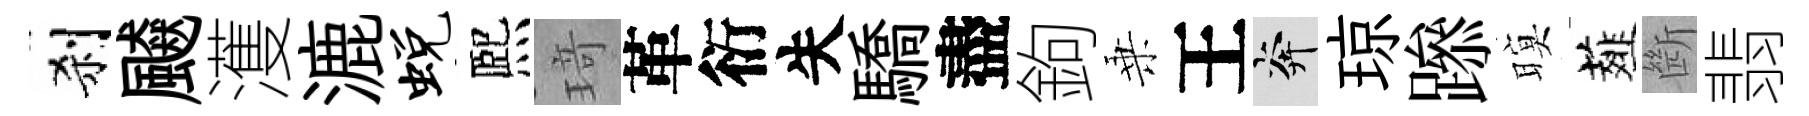
刹飇濩漉蜕熈𤦺革衍失驕盡鉤乗王奔琼𨅶暝薤㫁翡